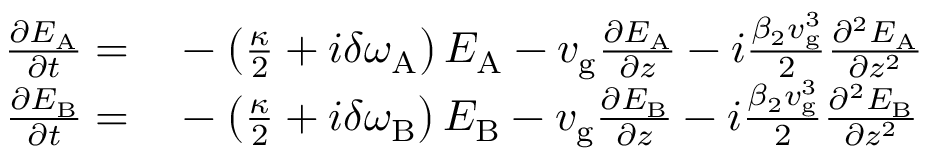
\begin{array} { r l } { \frac { \partial E _ { \mathrm { A } } } { \partial t } = } & { { } - \left( \frac { \kappa } { 2 } + i \delta \omega _ { \mathrm { A } } \right) E _ { \mathrm { A } } - v _ { \mathrm { g } } \frac { \partial E _ { \mathrm { A } } } { \partial z } - i \frac { \beta _ { 2 } v _ { \mathrm { g } } ^ { 3 } } { 2 } \frac { \partial ^ { 2 } E _ { \mathrm { A } } } { \partial z ^ { 2 } } } \\ { \frac { \partial E _ { \mathrm { B } } } { \partial t } = } & { { } - \left( \frac { \kappa } { 2 } + i \delta \omega _ { \mathrm { B } } \right) E _ { \mathrm { B } } - v _ { \mathrm { g } } \frac { \partial E _ { \mathrm { B } } } { \partial z } - i \frac { \beta _ { 2 } v _ { \mathrm { g } } ^ { 3 } } { 2 } \frac { \partial ^ { 2 } E _ { \mathrm { B } } } { \partial z ^ { 2 } } } \end{array}